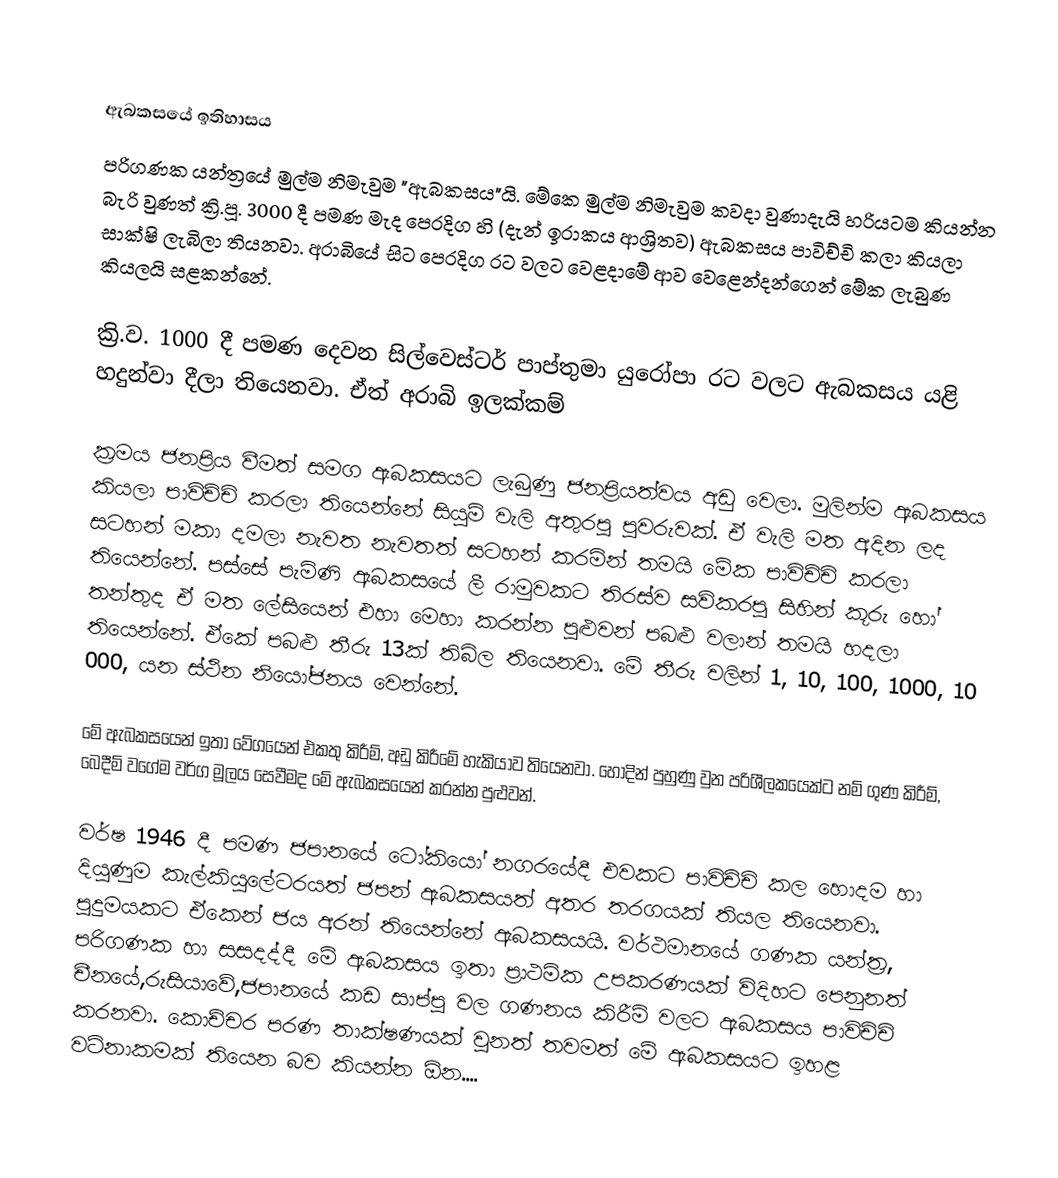

ඇබකසයේ ඉතිහාසය
පරිගණක යන්ත්‍රයේ මුල්ම නිමැවුම "ඇබකසය"යි. මේකෙ මුල්ම නිමැවුම කවදා වුණාදැයි හරියටම කියන්න බැරි වුණත් ක්‍රි.පූ. 3000 දී පමණ මැද පෙරදිග හි (දැන් ඉරාකය ආශ්‍රිතව) ඇබකසය පාවිච්චි කලා කියලා සාක්ෂි ලැබිලා තියනවා. අරාබියේ සිට පෙරදිග රට වලට වෙළදාමේ ආව වෙළෙන්දන්ගෙන් මේක ලැබුණ කියලයි සළකන්නේ.

ක්‍රි.ව. 1000 දී පමණ දෙවන සිල්වෙස්ටර් පාප්තුමා යුරෝපා රට වලට ඇබකසය යළි හදුන්වා දීලා තියෙනවා. ඒත් අරාබි ඉලක්කම්

ක්‍රමය ජනප්‍රිය වීමත් සමග ඇබකසයට ලැබුණු ජනප්‍රියත්වය අඩු වෙලා. මුලින්ම ඇබකසය කියලා පාවිච්චි කරලා තියෙන්නේ සියුම් වැලි අතුරපු පුවරුවක්. ඒ වැලි මත අදින ලද සටහන් මකා දමලා නැවත නැවතත් සටහන් කරමින් තමයි මේක පාවිච්චි කරලා තියෙන්නේ. පස්සේ පැමිණි ඇබකස‍යේ ලී රාමුවකට තිරස්ව සවිකරපු සිහින් කූරු හෝ තන්තුද ඒ මත ලේසියෙන් එහා මෙහා කරන්න පුළුවන් පබළු වලාන් තමයි හදලා තියෙන්නේ. ඒකේ පබළු තීරු 13ක් තිබිල තියෙනවා. මේ තීරු වලින් 1, 10, 100, 1000, 10 000,  යන ස්ථින නියෝජනය වෙන්නේ.

මේ ඇබකස‍යෙන් ඉතා වේගයෙන් එකතු කිරීම්, අඩු කිරීමේ හැකියාව තියෙනවා. හොදින් පුහුණු වුන පරිශීලකයෙක්ට නම් ගුණ කිරීම්, බෙදීම් වගේම වර්ග මූලය සෙවීමද මේ ඇබකසයෙන් කරන්න පුළුවන්.

වර්ෂ 1946 දී පමණ ජපානයේ ටෝකියෝ නගරයේදී එවකට පාවිච්චි කල හොදම හා දියුණුම කැල්කියුලේටරයත් ජපන් ඇබකසයත් අතර තරගයක් තියල තියෙනවා. පුදුමයකට ඒකෙන් ජය අරන් තියෙන්නේ ඇබකසයයි. වර්ථමානයේ ගණක යන්ත්‍ර, පරිගණක හා සසදද්දී මේ ඇබකසය ඉතා ප්‍රාථමික උපකරණයක් විදිහට පෙනුනත් චීනයේ,රුසියාවේ,ජපානයේ කඩ සාප්පු වල ගණනය කිරීම් වලට ඇබකසය පාවිච්චි කරනවා. කොච්චර පරණ තාක්ෂණයක් වුනත් තවමත් මේ ඇබකසයට ඉහළ වටිනාකමක්  තියෙන බව කියන්න ඕන....